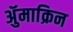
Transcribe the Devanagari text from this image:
ॲुमाक्रिन